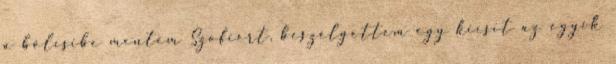
a bölcsibe mentem Szofiért, beszélgettem egy kicsit az egyik